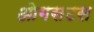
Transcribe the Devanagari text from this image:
ओगसटस